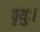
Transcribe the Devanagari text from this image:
पृथुः।